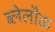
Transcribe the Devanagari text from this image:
ब्लेलौक